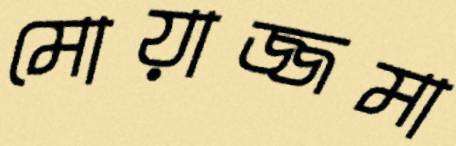
মোয়াজ্জমা